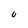
Character: U